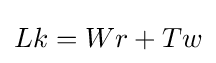
Lk=Wr+Tw